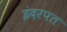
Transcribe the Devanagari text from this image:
इंदरपत